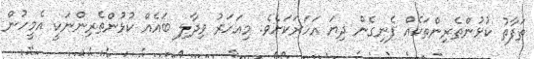
ތަފާތު ކުޅުންތެރިންތަކެއް ފެނިގެން ދިޔަ އަހަރަކަށެވެ. މިއަހަރު ވިދާލި ބައެއް ކުޅުންތެރިންނަކީ އެމީހުން